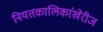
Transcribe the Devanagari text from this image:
नियतकालिकांखेरीज